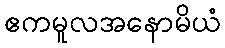
ဧကမူလအနောမိယံ